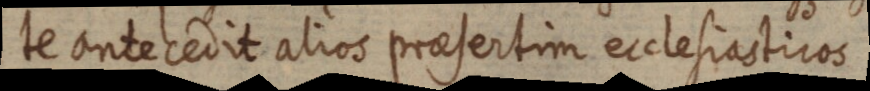
te antecedit alios praesertim ecclesiasticos